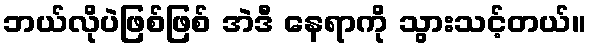
ဘယ်လိုပဲဖြစ်ဖြစ် အဲဒီ နေရာကို သွားသင့်တယ်။